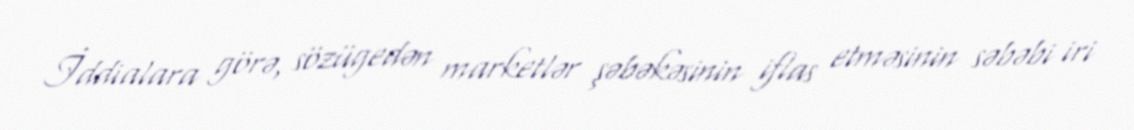
İddialara görə, sözügedən marketlər şəbəkəsinin iflas etməsinin səbəbi iri